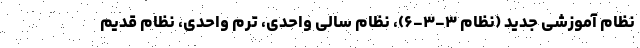
نظام آموزشی جدید (نظام ۳-۳-۶)، نظام سالی واحدی، ترم واحدی، نظام قدیم